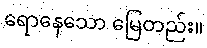
ရောနေသော မြေတည်း။